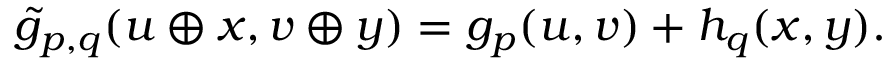
{ \widetilde { g } } _ { p , q } ( u \oplus x , v \oplus y ) = g _ { p } ( u , v ) + h _ { q } ( x , y ) .